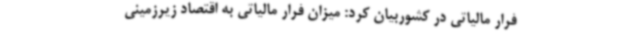
فرار مالیاتی در کشوربیان کرد: میزان فرار مالیاتی به اقتصاد زیرزمینی